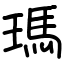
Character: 瑪